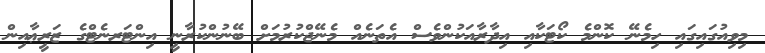
މިވިއުގައިގައި ހިމެނޭ ކޮންމެ ކޯޓަކާއި އިދާރާއަކުންވެސް އެތަނެއް މެނޭޖްކުރުމަށް ބޭނުންކުރާނީ އިންޓަރނެޓްގެ ޒަރީޢާއިން